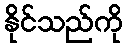
နိုင်သည်ကို